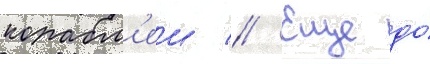
корабл'еи // Еще до́